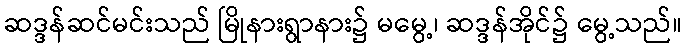
ဆဒ္ဒန်ဆင်မင်းသည် မြိုနားရွာနား၌ မမွေ့၊ ဆဒ္ဒန်အိုင်၌ မွေ့သည်။